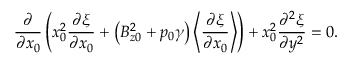
\frac { \partial } { \partial x _ { 0 } } \left( x _ { 0 } ^ { 2 } \frac { \partial \xi } { \partial x _ { 0 } } + \left( B _ { z 0 } ^ { 2 } + p _ { 0 } \gamma \right) \left\langle \frac { \partial \xi } { \partial x _ { 0 } } \right\rangle \right) + x _ { 0 } ^ { 2 } \frac { \partial ^ { 2 } \xi } { \partial y ^ { 2 } } = 0 .